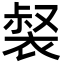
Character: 裻